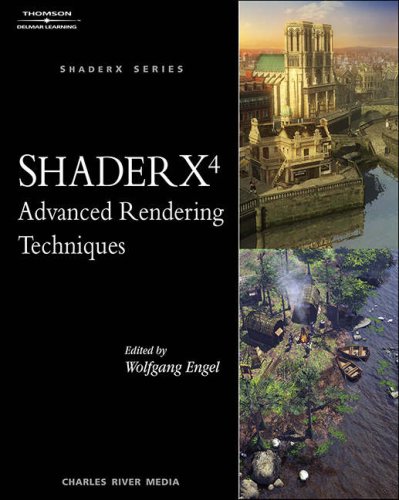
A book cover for ShaderX4: Advanced Rendering Techniques; Wolfgang Engel; Computers & Technology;